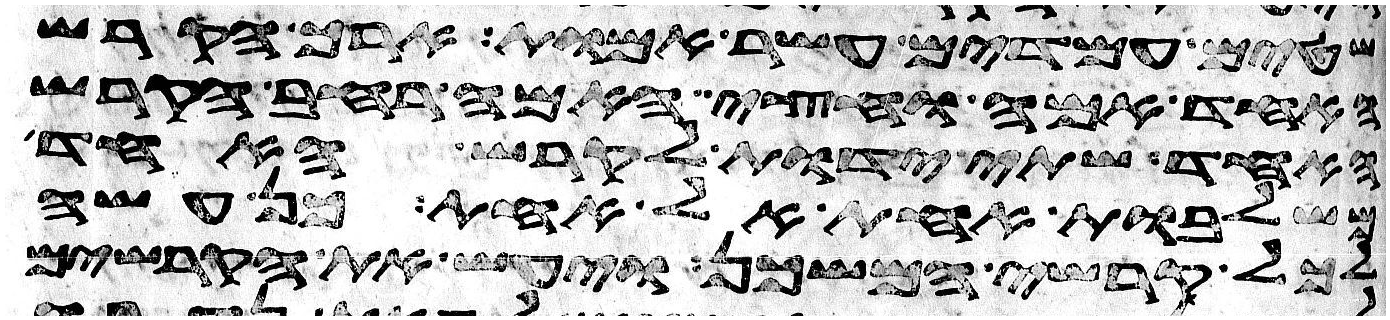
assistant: שטים עמדים עשר אמות ארך הקרש
האחד אמה וחצי האמה רחב הקרש
האחד שתי ידות לקרש האחד
משלבות אחת אל אחת כן עשה
לכל קרשי המשכן ויעש את הקרשים